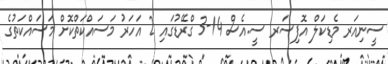
ސީނިއަރ މެޑިކަލް އޮފިސަރ ސީ.އެސް 14-3 ގްރޭޑުގައި 2 އަހަރު މަސައްކަތްކޮށް މަސައްކަތުގެ